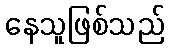
နေသူဖြစ်သည်